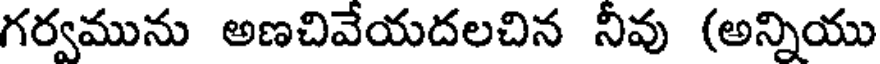
గర్వమును అణచివేయదలచిన నివు (అన్నియు